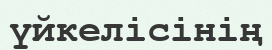
үйкелісінің